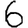
Digit: 6